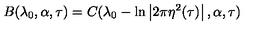
B ( \lambda _ { 0 } , \alpha , \tau ) = C ( \lambda _ { 0 } - \ln \left| 2 \pi \eta ^ { 2 } ( \tau ) \right| , \alpha , \tau )